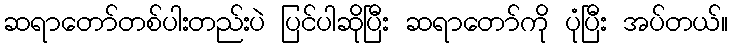
ဆရာတော်တစ်ပါးတည်းပဲ ပြင်ပါဆိုပြီး ဆရာတော်ကို ပုံပြီး အပ်တယ်။